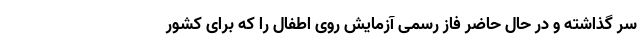
سر گذاشته و در حال حاضر فاز رسمی آزمایش روی اطفال را که برای کشور